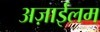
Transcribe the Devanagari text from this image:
अज़ाईलम